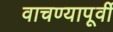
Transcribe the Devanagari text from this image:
वाचण्यापूर्वी